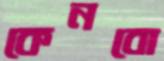
কেনবো